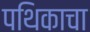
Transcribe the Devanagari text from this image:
पथिकाचा